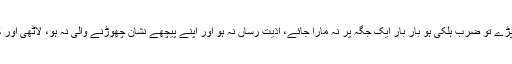
اگر مارنے کی ضرورت پڑے تو ضرب ہلکی ہو بار بار ایک جگہ پر نہ مارا جائے، اذیت رساں نہ ہو اور اپنے پیچھے نشان چھوڑنے والی نہ ہو، لاٹھی اور کوڑے سے نہ مارا جائے۔